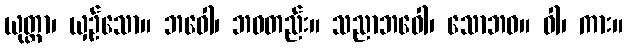
ယုတ္တာ၊ ယှဉ်သော။ ဘဓေါ၊ ဘဝတည်း။ သညာဘဝေါ၊ သောဘဝ။ ဝါ၊ ကား။